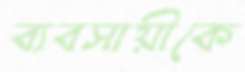
ব্যবসায়ীকে